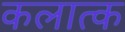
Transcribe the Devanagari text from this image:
कलात्क